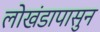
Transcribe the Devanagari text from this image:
लोखंडापासुन